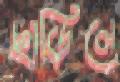
ছাড়িলে